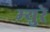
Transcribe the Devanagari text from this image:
म्‍युरे